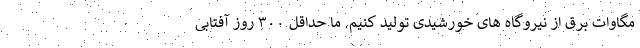
مگاوات برق از نیروگاه های خورشیدی تولید کنیم. ما حداقل ۳۰۰ روز آفتابی